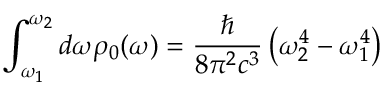
\int _ { \omega _ { 1 } } ^ { \omega _ { 2 } } d \omega \rho _ { 0 } ( \omega ) = { \frac { \hbar } { 8 \pi ^ { 2 } c ^ { 3 } } } \left( \omega _ { 2 } ^ { 4 } - \omega _ { 1 } ^ { 4 } \right)